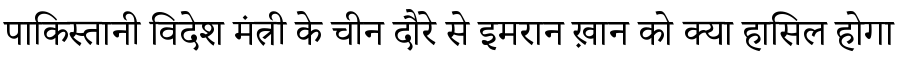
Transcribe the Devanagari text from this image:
पाकिस्तानी विदेश मंत्री के चीन दौरे से इमरान ख़ान को क्या हासिल होगा